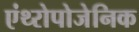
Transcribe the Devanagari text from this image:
एंथ्‍रोपोजेनिक